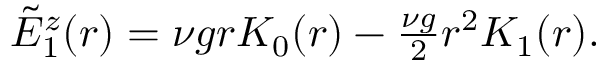
\begin{array} { r } { \tilde { E } _ { 1 } ^ { z } ( r ) = \nu g r K _ { 0 } ( r ) - \frac { \nu g } { 2 } r ^ { 2 } K _ { 1 } ( r ) . } \end{array}